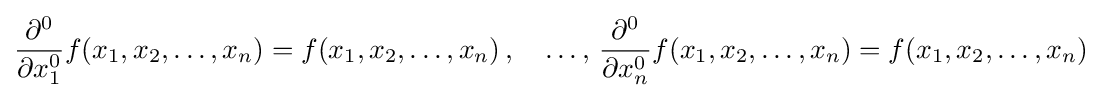
{\frac {\partial ^{0}}{\partial x_{1}^{0}}}f(x_{1},x_{2},\ldots ,x_{n})=f(x_{1},x_{2},\ldots ,x_{n})\,,\quad \ldots ,\,{\frac {\partial ^{0}}{\partial x_{n}^{0}}}f(x_{1},x_{2},\ldots ,x_{n})=f(x_{1},x_{2},\ldots ,x_{n})